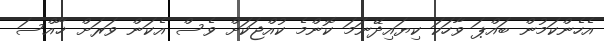
އެހެންކަމުން ބައްޕަ ވާހަކަ ކިޔައިދޭނަމަ ކޮންމެ ކުއްޖަކަށް ވެސް އެކަން ވަރަށް ޚާއްސަ